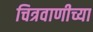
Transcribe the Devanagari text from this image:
चित्रवाणीच्या